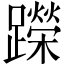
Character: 𬧘